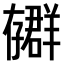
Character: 𫲳